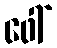
ဖေါ်